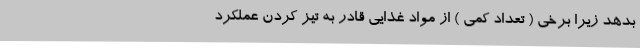
بدهد زیرا برخی ( تعداد کمی ) از مواد غذایی قادر به تیز کردن عملکرد